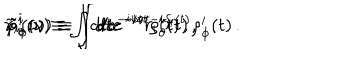
\tilde { r } _ { i } ( \nu ) \equiv \int d t e ^ { - i \nu t } r _ { i } ( t ) \, , \kern 0 . 3 5 i n \tilde { \rho } _ { \theta } ^ { i } ( \nu ) \equiv \int d t e ^ { - i \nu t } \rho _ { \theta } ^ { i } ( t ) \, , \kern 0 . 3 5 i n \tilde { \rho } _ { \phi } ^ { i } ( \nu ) \equiv \int d t e ^ { - i \nu t - i \delta _ { i } ( t ) } \rho _ { \phi } ^ { i } ( t ) \, .